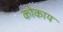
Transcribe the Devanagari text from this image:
कोकाय